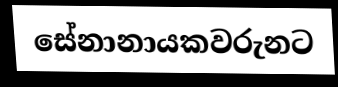
සේනානායකවරුනට